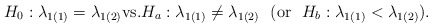
\begin{align*}H_0:\lambda_{1(1)}=\lambda_{1(2)} \mbox{vs.}H_a:\lambda_{1(1)}\neq \lambda_{1(2)}\ \ (\mbox{or }\ H_b:\lambda_{1(1)}< \lambda_{1(2)}). \end{align*}